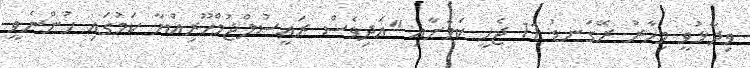
ވިދާޅުވީ މިހާރު ރޭގަނޑު 11 ޖެހީ ކަމަށާއި "އަދިވެސް ރައީސުލްޖުމްހޫރިއްޔާ ކަމުގައި ހުންނެވީ